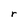
Character: r